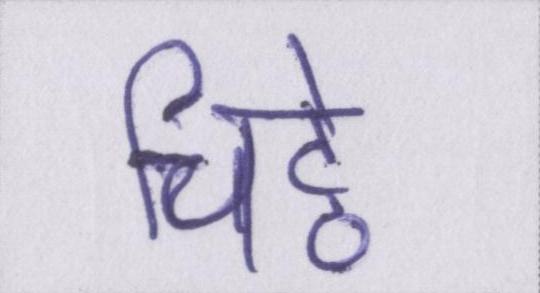
चिट्ठे